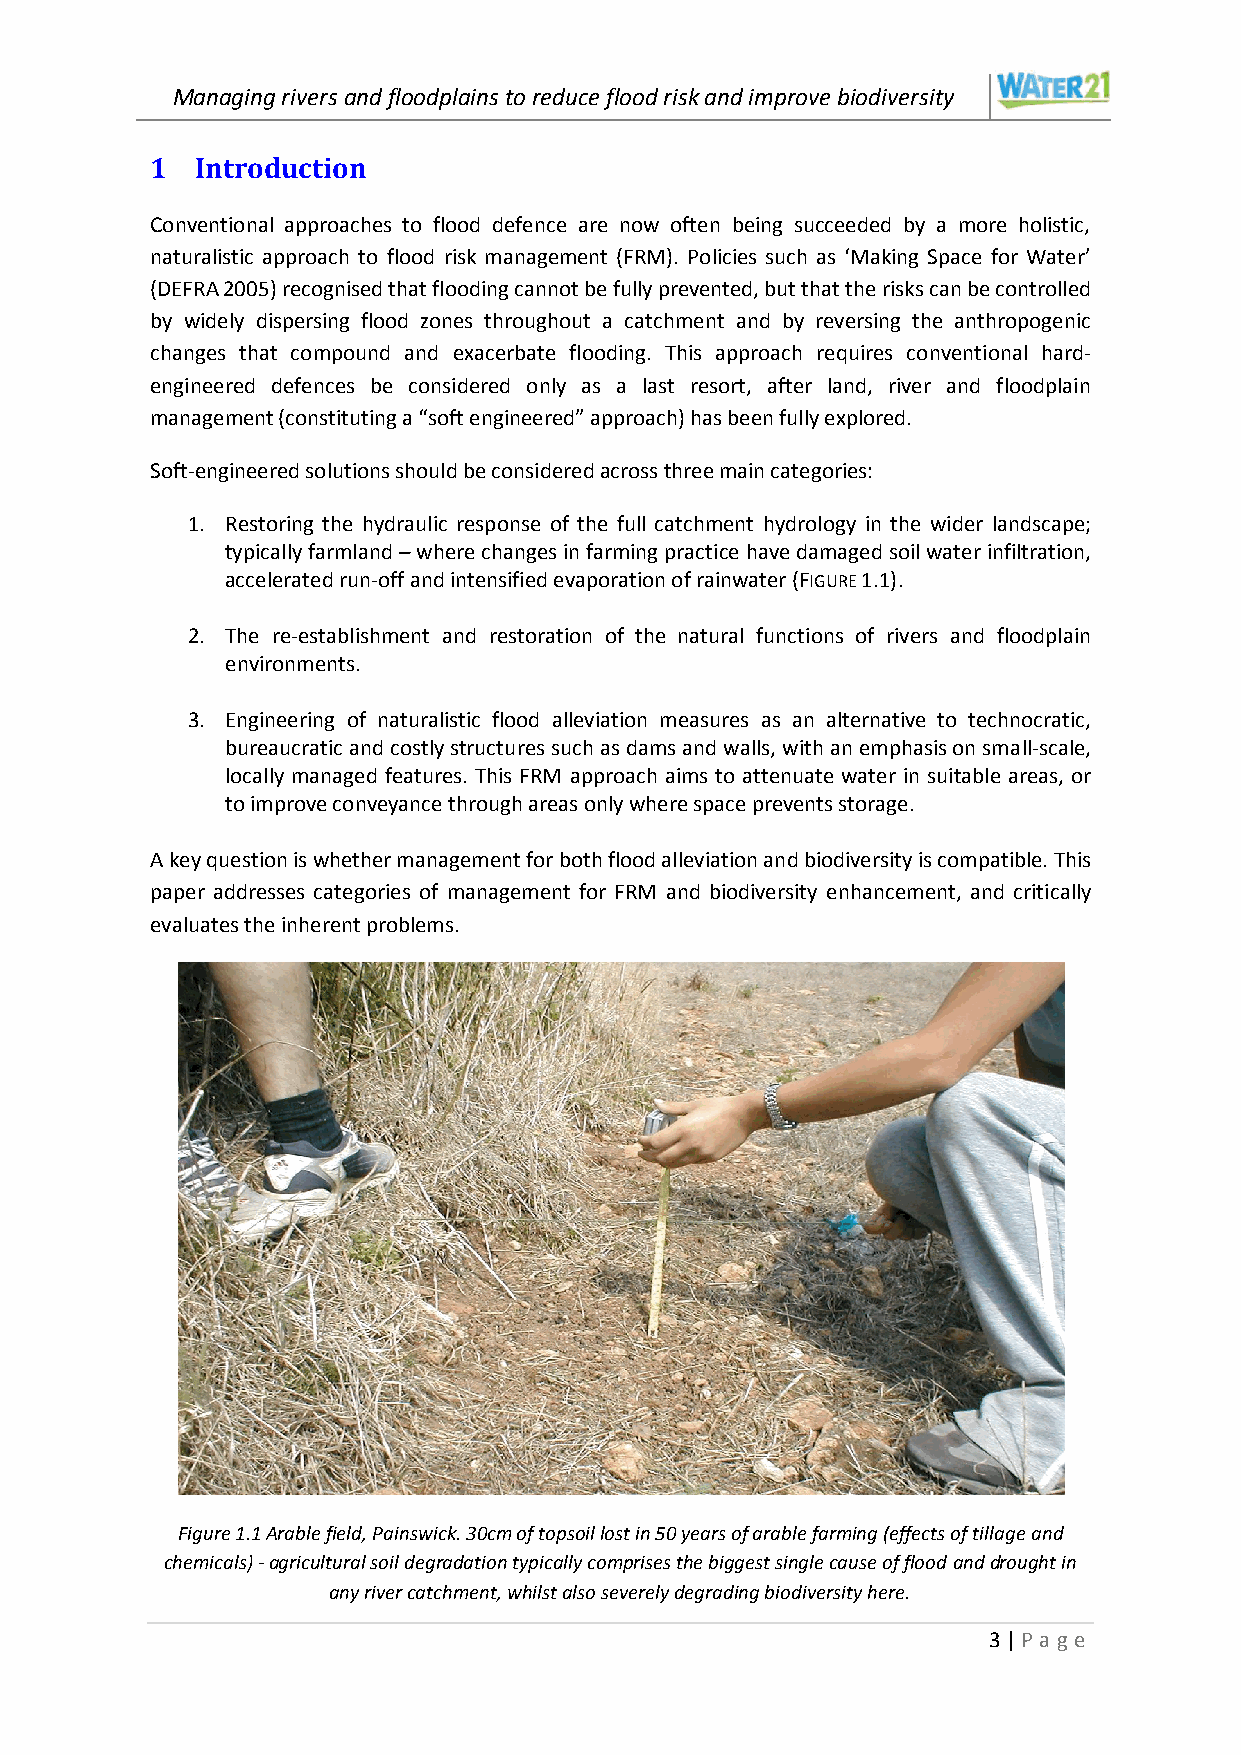
Managing rivers and floodplains to reduce flood risk and improve biodiversity
 1  Introduction
 Conventional approaches to flood defence are now often being succeeded by a more holistic,
 naturalistic approach to flood risk management (FRM). Policies such as ‘Making Space for Water’
 (DEFRA 2005) recognised that flooding cannot be fully prevented, but that the risks can be controlled
 by widely dispersing flood zones throughout a catchment and by reversing the anthropogenic
 changes that compound and exacerbate flooding. This approach requires conventional hard-
 engineered defences be considered only as a last resort, after land, river and floodplain
 management (constituting a “soft engineered” approach) has been fully explored.
 Soft-engineered solutions should be considered across three main categories:
 1. Restoring the hydraulic response of the full catchment hydrology in the wider landscape;
 typically farmland – where changes in farming practice have damaged soil water infiltration,
 accelerated run-off and intensified evaporation of rainwater (FIGURE 1.1).
 2. The re-establishment and restoration of the natural functions of rivers and floodplain
 environments.
 3. Engineering of naturalistic flood alleviation measures as an alternative to technocratic,
 bureaucratic and costly structures such as dams and walls, with an emphasis on small-scale,
 locally managed features. This FRM approach aims to attenuate water in suitable areas, or
 to improve conveyance through areas only where space prevents storage.
 A key question is whether management for both flood alleviation and biodiversity is compatible. This
 paper addresses categories of management for FRM and biodiversity enhancement, and critically
 evaluates the inherent problems.
 Figure 1.1 Arable field, Painswick. 30cm of topsoil lost in 50 years of arable farming (effects of tillage and
 chemicals) - agricultural soil degradation typically comprises the biggest single cause of flood and drought in
 any river catchment, whilst also severely degrading biodiversity here.
 3 | P age